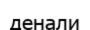
денали